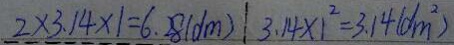
2 \times 3 . 1 4 \times 1 = 6 . 2 8 ( d m ) 3 . 1 4 \times 1 ^ { 2 } = 3 . 1 4 ( d m ^ { 2 } )